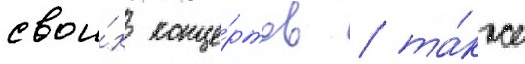
свои́х конце́ртов / та́кже